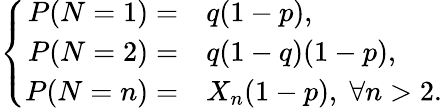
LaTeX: \left\{ \begin{array}{rl}{P(N=1)=}&{{}q(1-p),}\\ {P(N=2)=}&{{}q(1-q)(1-p),}\\ {P(N=n)=}&{{}X_{n}(1-p),\; \forall n>2.}\end{array}\right.